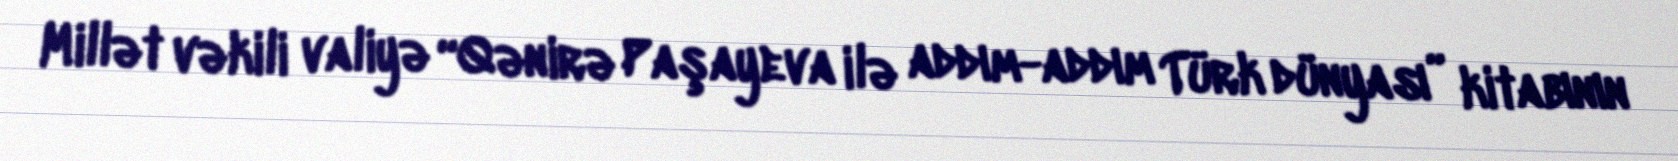
Millət vəkili valiyə “Qənirə Paşayeva ilə addım-addım Türk dünyası” kitabının